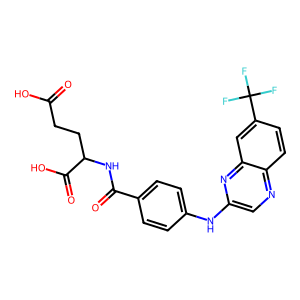
SMILES: O=C(O)CCC(NC(=O)c1ccc(Nc2cnc3ccc(C(F)(F)F)cc3n2)cc1)C(=O)O
Inhibits HIV replication: No